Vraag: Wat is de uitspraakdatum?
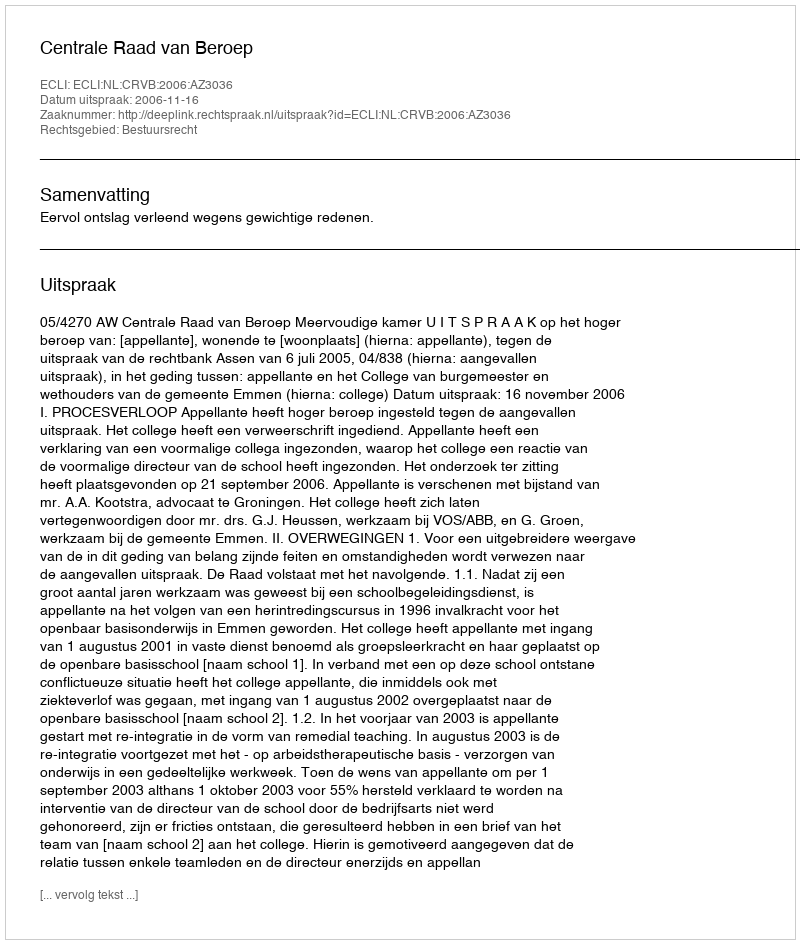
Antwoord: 2006-11-16